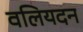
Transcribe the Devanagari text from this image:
वलियदन